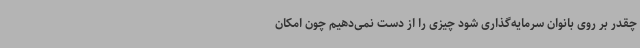
چقدر بر روی بانوان سرمایه‌گذاری شود چیزی را از دست نمی‌دهیم چون امکان